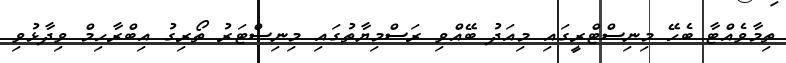
ތިމާވެއްޓާ ބެހޭ މިނިސްޓްރީގައި މިއަދު ބޭއްވި ރަސްމިޔާތުގައި މިނިސްޓަރު ތޯރިގު އިބްރާހިމް ވިދާޅުވި